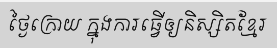
ថ្ងៃក្រោយ ក្នុងការធ្វើឲ្យនិស្សិតខ្មែរ